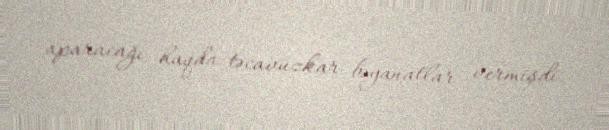
aparacağı haqda təcavüzkar bəyanatlar vermişdi.